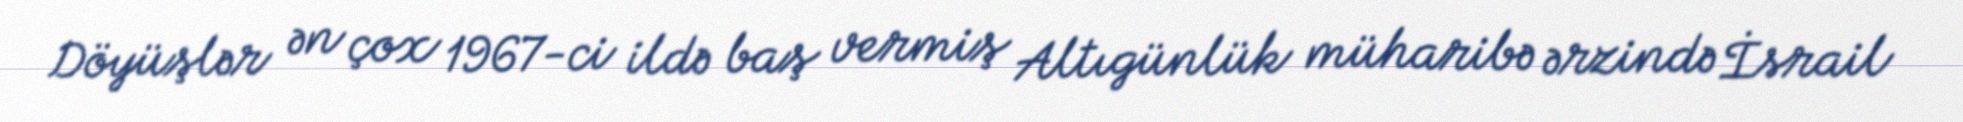
Döyüşlər ən çox 1967-ci ildə baş vermiş Altıgünlük müharibə ərzində İsrail